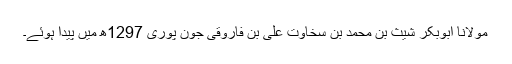
مولانا ابوبکر شیث بن محمد بن سخاوت علی بن فاروقی جون پوری 1297ھ میں پیدا ہوئے۔